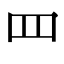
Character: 罒